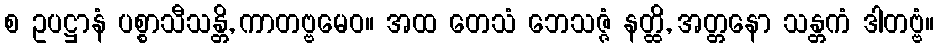
စ ဥပဋ္ဌာနံ ပစ္စာသီသန္တိ, ကာတဗ္ဗမေဝ။ အထ တေသံ ဘေသဇ္ဇံ နတ္ထိ, အတ္တနော သန္တကံ ဒါတဗ္ဗံ။